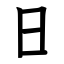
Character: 日